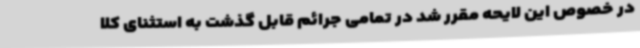
در خصوص این لایحه مقرر شد در تمامی جرائم قابل گذشت به استثنای کلا